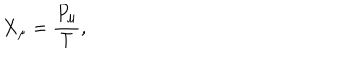
LaTeX: \dot { X } _ { \mu } = \frac { P _ { \mu } } T ,